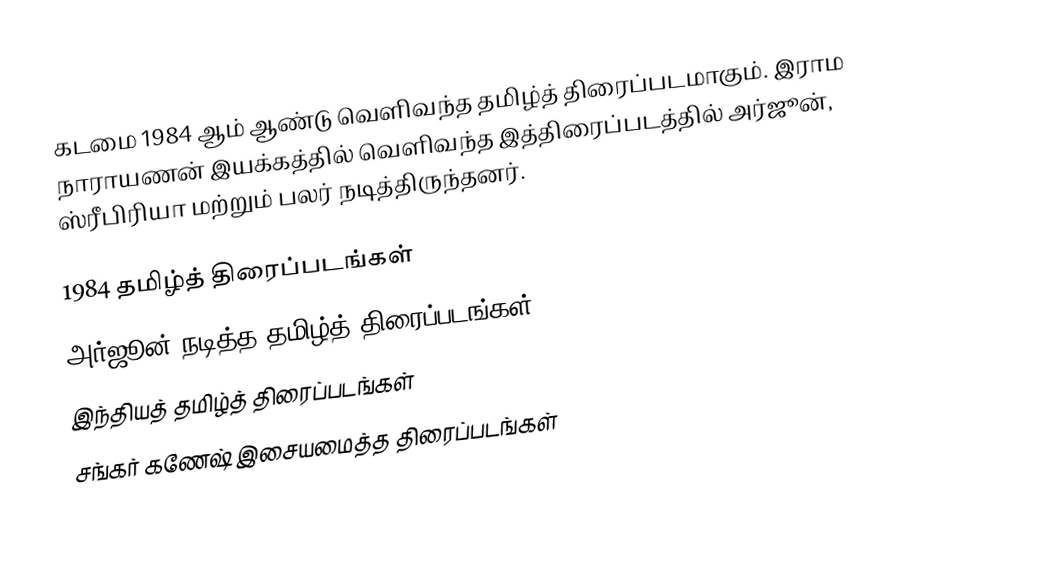
கடமை 1984 ஆம் ஆண்டு வெளிவந்த தமிழ்த் திரைப்படமாகும். இராம நாராயணன் இயக்கத்தில் வெளிவந்த இத்திரைப்படத்தில் அர்ஜூன், ஸ்ரீபிரியா மற்றும் பலர் நடித்திருந்தனர்.

1984 தமிழ்த் திரைப்படங்கள்
அர்ஜூன் நடித்த தமிழ்த் திரைப்படங்கள்
இந்தியத் தமிழ்த் திரைப்படங்கள்
சங்கர் கணேஷ் இசையமைத்த திரைப்படங்கள்